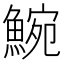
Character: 𩸩